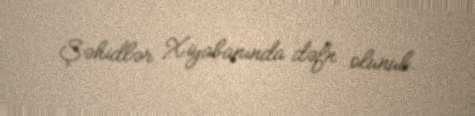
Şəhidlər Xiyabanında dəfn olunub.